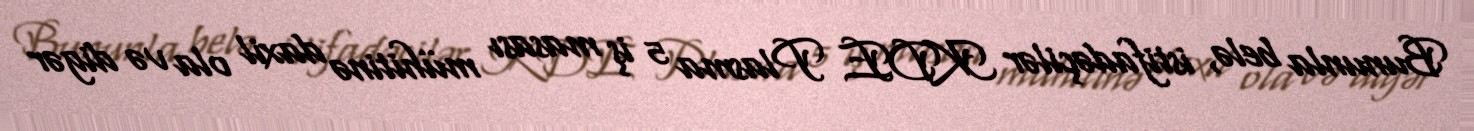
Bununla belə, istifadəçilər KDE Plasma 5 iş masası mühitinə daxil ola və digər